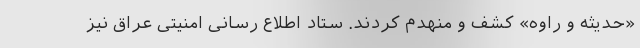
«حدیثه و راوه» کشف و منهدم کردند. ستاد اطلاع رسانی امنیتی عراق نیز